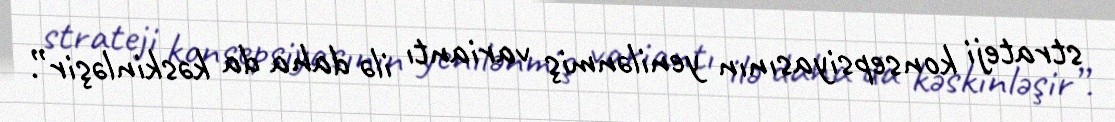
strateji konsepsiyasının yenilənmiş variantı ilə daha da kəskinləşir”.